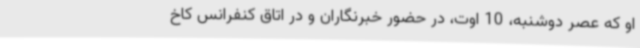
او که عصر دوشنبه، 10 اوت، در حضور خبرنگاران و در اتاق کنفرانس کاخ